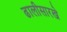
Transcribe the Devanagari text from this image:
ढालीसारखे